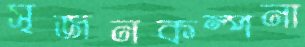
সৃজনকল্পনা